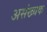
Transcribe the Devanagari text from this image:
असंख्यक